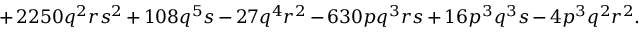
{ } + 2 2 5 0 q ^ { 2 } r s ^ { 2 } + 1 0 8 q ^ { 5 } s - 2 7 q ^ { 4 } r ^ { 2 } - 6 3 0 p q ^ { 3 } r s + 1 6 p ^ { 3 } q ^ { 3 } s - 4 p ^ { 3 } q ^ { 2 } r ^ { 2 } .